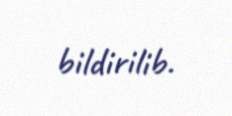
bildirilib.